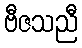
ဗီဇသညီ